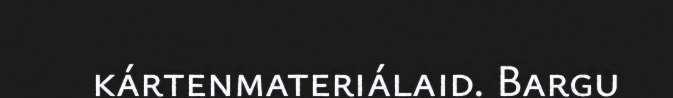
kártenmateriálaid. Bargu